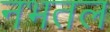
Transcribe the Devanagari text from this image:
नभतल